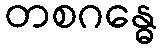
တစဂန္ဓေ